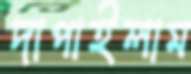
দাপাইলাম